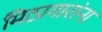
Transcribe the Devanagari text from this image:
मिठागारांना